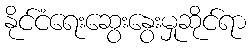
နိုင်ငံရေးဆွေးနွေးမှုဆိုင်ရာ